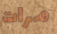
مرات